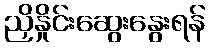
ညှိနှိုင်းဆွေးနွေးရန်